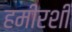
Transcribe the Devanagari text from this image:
हमीरशी